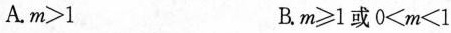
A.m>1 B.m≥1或0≤m<1